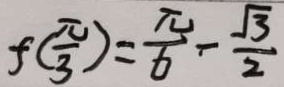
f ( \frac { \pi } { 3 } ) = \frac { \pi } { 6 } - \frac { \sqrt { 3 } } { 2 }